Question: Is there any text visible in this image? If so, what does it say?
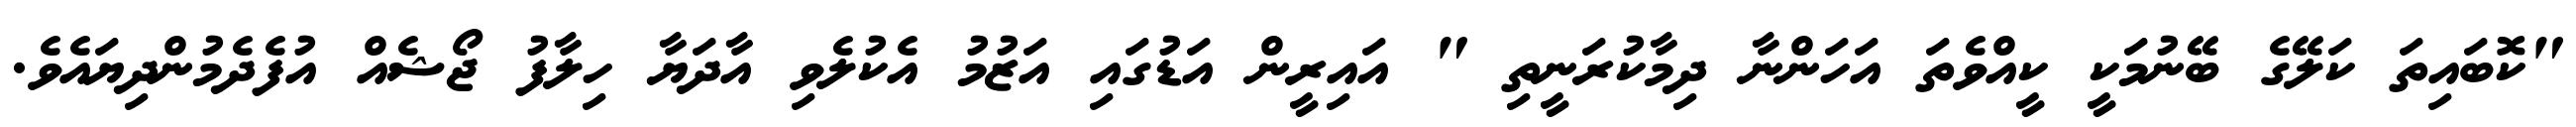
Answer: "ކޮބައިތަ ކަލޭގެ ބޭނުމަކީ ކީއްވެތަ އަހަންނާ ދިމާކުރަނީތި " އައިރީން އަޑުގައި އަޒުމު އެކުލެވި އާދަޔާ ހިލާފު ޖޯޝެއް އުފެދެމުންދިޔައެވެ.